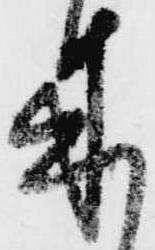
来